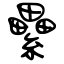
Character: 纍